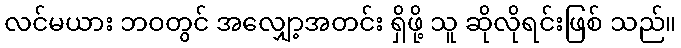
လင်မယား ဘဝတွင် အလျှော့အတင်း ရှိဖို့ သူ ဆိုလိုရင်းဖြစ် သည်။